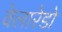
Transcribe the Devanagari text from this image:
वेलारेडो